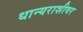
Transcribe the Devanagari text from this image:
धान्यराशीवर